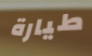
طيارة